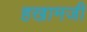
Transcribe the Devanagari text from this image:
हखामजी